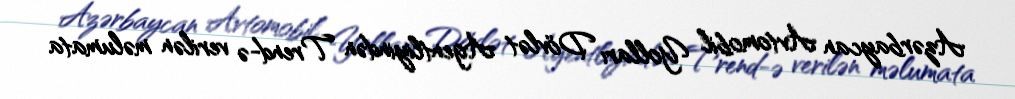
Azərbaycan Avtomobil Yolları Dövlət Agentliyindən Trend-ə verilən məlumata